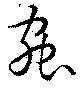
蟲